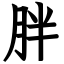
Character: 胖